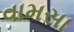
વામસા